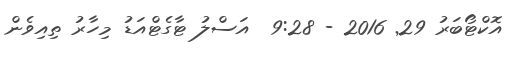
އޮކްޓޯބަރު 29